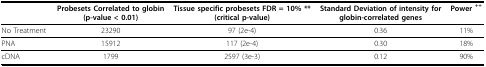
<table><thead><tr><td></td><td><b>Probesets Correlated to globin(p-value &lt; 0.01)</b></td><td><b>Tissue specific probesets FDR = 10% **(critical p-value)</b></td><td><b>Standard Deviation of intensity forglobin-correlated genes</b></td><td><b>Power <sup>++</sup></b></td></tr></thead><tbody><tr><td>No Treatment</td><td>23290</td><td>97 (2e-4)</td><td>0.36</td><td>11%</td></tr><tr><td>PNA</td><td>15912</td><td>117 (2e-4)</td><td>0.30</td><td>18%</td></tr><tr><td>cDNA</td><td>1799</td><td>2597 (3e-3)</td><td>0.12</td><td>90%</td></tr></tbody></table>